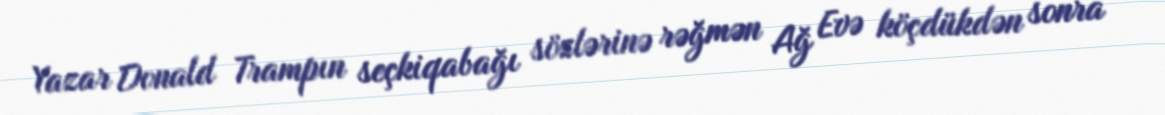
Yazar Donald Trampın seçkiqabağı sözlərinə rəğmən Ağ Evə köçdükdən sonra